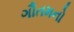
ગૌતમનો